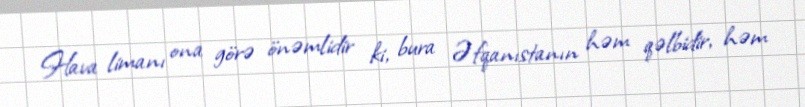
Hava limanı ona görə önəmlidir ki, bura Əfqanıstanın həm qəlbidir, həm